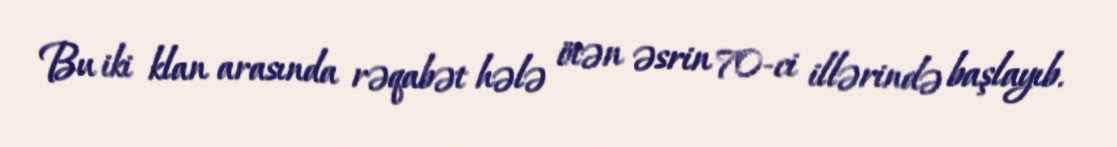
Bu iki klan arasında rəqabət hələ ötən əsrin 70-ci illərində başlayıb.